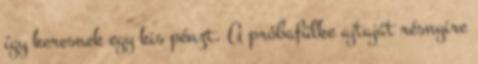
így keresnek egy kis pénzt. A próbafülke ajtaját résnyire